Annual administration report of the Civil Veterinary Department of India - 1894-1895
Year: 1894
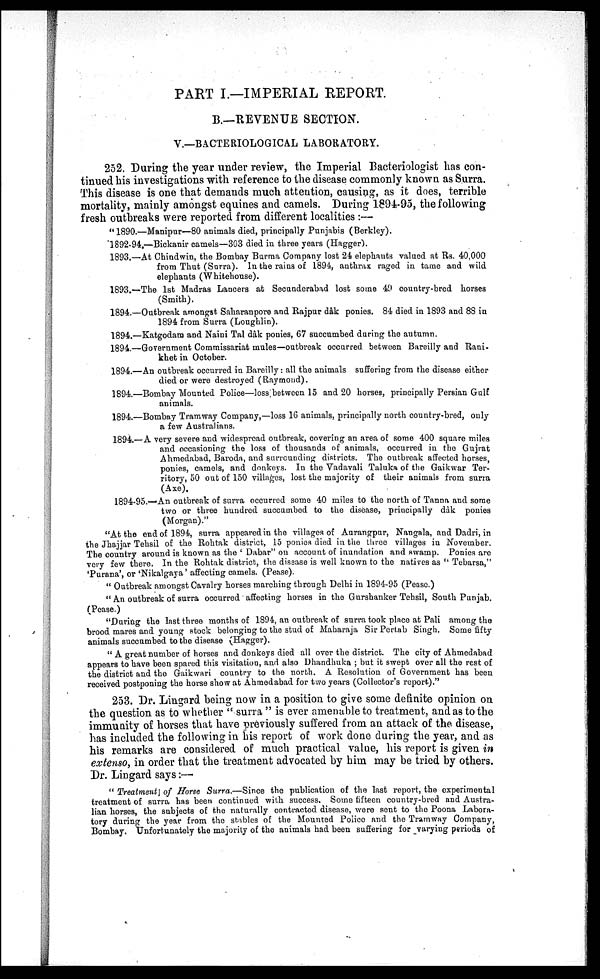
PART I.—IMPERIAL REPORT.
B.—REVENUE SECTION.
V.—BACTERIOLOGICAL LABORATORY.
252. During the year under review, the Imperial Bacteriologist has con-
tinued his investigations with reference to the disease commonly known as Surra.
This disease is one that demands much attention, causing, as it does, terrible
mortality, mainly amongst equines and camels. During 1894-95, the following
fresh outbreaks were reported from different localities :—
"1890.—Manipur—80 animals died, principally Punjabis (Berkley).
1892-94.—Bickanir camels—303 died in three years (Hagger).
1893.—At Chindwin, the Bombay Burma Company lost 24 elephauts valued at Rs. 40,000
from Thut (Surra). In the rains of 1894, anthrax raged in tame and wild
elephants (Whitehouse).
1893.—The 1st Madras Lancers at Secunderabad lost some 49 country-bred horses
(Smith).
1894.—Outbreak amongst Saharanpore and Rajpur dâk ponies. 84 died in 1893 and 88 in
1894 from Surra (Loughlin).
1894.—Katgodam and Naini Tal dâk ponies, 67 succumbed during the autumn.
1894.—Government Commissariat mules—outbreak occurred between Bareilly and Rani-
khet in October.
1894.—An outbreak occurred in Bareilly: all the animals suffering from the disease either
died or were destroyed (Raymond).
1894.—Bombay Mounted Police—loss between 15 and 20 horses, principally Persian Gulf
animals.
1894.—Bombay Tramway Company,—loss 16 animals, principally north country-bred, only
a few Australians.
1894.—A very severe and widespread outbreak, covering an area of some 400 square miles
and occasioning the loss of thousands of animals, occurred in the Gujrat
Ahmedabad, Baroda, and surrounding districts. The outbreak affected horses,
ponies, camels, and donkeys. In the Vadavali Taluka of the Gaikwar Ter-
ritory, 50 out of 150 villages, lost the majority of their animals from surra
(Axe).
1894-95.—An outbreak of surra occurred some 40 miles to the north of Tanna and some
two or three hundred succumbed to the disease, principally dâk ponies
(Morgan)."
"At the end of 1894, surra appeared in the villages of Aurangpur, Nangala, and Dadri, in
the Jhajjar Tehsil of the Rohtak district, 15 ponies died in the three villages in November.
The country around is known as the ' Dabar" on account of inundation and swamp. Ponies are
very few there. In the Rohtak district, the disease is well known to the natives as "Tebarsa,"
'Purana', or 'Nikalgaya' affecting camels. (Pease).
" Outbreak amongst Cavalry horses marching through Delhi in 1894-95 (Pease.)
" An outbreak of surra occurred affecting horses in the Gurshanker Tehsil, South Punjab.
(Pease.)
"During the last three months of 1894, an outbreak of surra took place at Pali among the
brood mares and young stock belonging to the stud of Maharaja Sir Pertab Singh. Some fifty
animals succumbed to the disease (Hagger).
" A great number of horses and donkeys died all over the district. The city of Ahmedabad
appears to have been spared this visitation, and also Dhandhuka ; but it swept over all the rest of
the district and the Gaikwari country to the north. A Resolution of Government has been
received postponing the horse show at Ahmedabad for two years (Collector's report)."
253. Dr. Lingard being now in a position to give some definite opinion on
the question as to whether "surra " is ever amenable to treatment, and as to the
immunity of horses that have previously suffered from an attack of the disease,
has included the following in his report of work done during the year, and as
his remarks are considered of much practical value, his report is given in
extenso, in order that the treatment advocated by him may be tried by others.
Dr. Lingard says:—
" Treatment of Horse Surra.—Since the publication of the last report, the experimental
treatment of surra has been continued with success. Some fifteen country-bred and Austra-
lian horses, the subjects of the naturally contracted disease, were sent to the Poona Labora-
tory during the year from the stables of the Mounted Police and the Tramway Company,
Bombay. Unfortunately the majority of the animals had been suffering for varying periods of